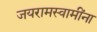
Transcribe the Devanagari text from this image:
जयरामस्वामींना